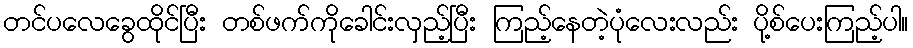
တင်ပလေခွေထိုင်ပြီး တစ်ဖက်ကိုခေါင်းလှည့်ပြီး ကြည့်နေတဲ့ပုံလေးလည်း ပို့စ်ပေးကြည့်ပါ။